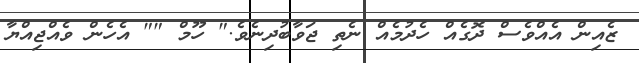
ޒެއިން އެއްވެސް ދޮގެއް ހެދުމެއް ނެތި ޖަވާބުދިނެވެ." ހޫމް "" އެހެން ވެއްޖިއްޔާ